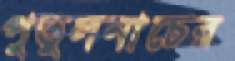
পুতুলনাচের